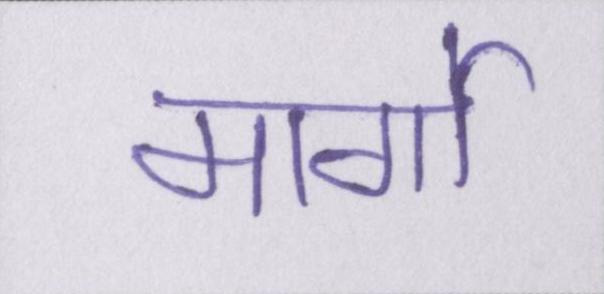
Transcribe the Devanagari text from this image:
मार्गो